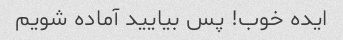
ایده خوب! پس بیایید آماده شویم